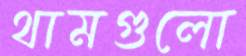
থামগুলো